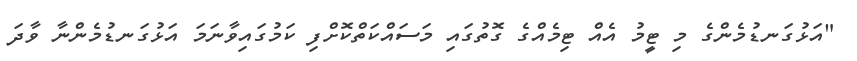
"އަޅުގަނޑުމެންގެ މި ޓީމު އެއް ޓިމެއްގެ ގޮތުގައި މަސައްކަތްކޮށްފި ކަމުގައިވާނަމަ އަޅުގަނޑުމެންނާ ވާދަ